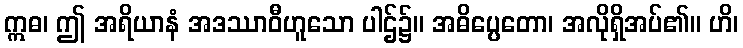
ဣဓ၊ ဤ အရိယာနံ အဒဿာဝီဟူသော ပါဌ်၌။ အဓိပ္ပေတော၊ အလိုရှိအပ်၏။ ဟိ၊